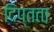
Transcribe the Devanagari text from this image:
दिप्तता